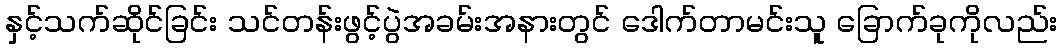
နှင့်သက်ဆိုင်ခြင်း သင်တန်းဖွင့်ပွဲအခမ်းအနားတွင် ဒေါက်တာမင်းသူ ခြောက်ခုကိုလည်း